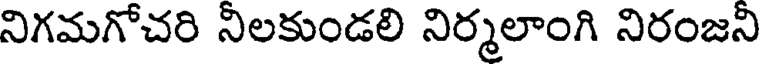
నిగమగోచరి నిలకుండలి నిర్మలాంగి నిరంజని